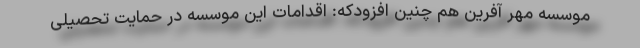
موسسه مهر آفرین هم چنین افزودکه: اقدامات این موسسه در حمایت تحصیلی